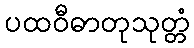
ပထဝီဓာတုသုတ္တံ